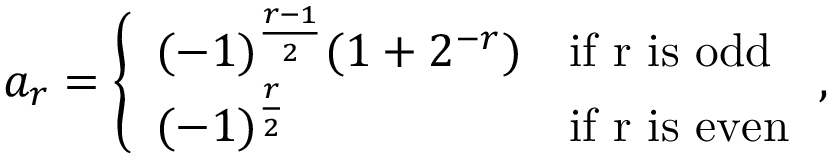
a _ { r } = { \left\{ \begin{array} { l l } { ( - 1 ) ^ { \frac { r - 1 } { 2 } } ( 1 + 2 ^ { - r } ) } & { { \mathrm { i f ~ r ~ i s ~ o d d } } } \\ { ( - 1 ) ^ { \frac { r } { 2 } } } & { { \mathrm { i f ~ r ~ i s ~ e v e n } } } \end{array} \right. } ,